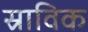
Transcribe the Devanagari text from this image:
स्राविक